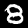
Digit: 8